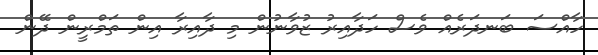
ހާއްސަ ބަނދަރެއް ވެސް ހަދާއިރު ޒުވާނުން މި ދާއިރާ އިން ތަމްރީން ދޭން